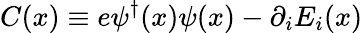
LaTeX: C(x)\equiv e\psi^{\dagger}(x)\psi(x)-\partial_{i}E_{i}(x)